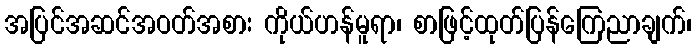
အပြင်အဆင်အဝတ်အစား ကိုယ်ဟန်မူရာ၊ စာဖြင့်ထုတ်ပြန်ကြေညာချက်၊